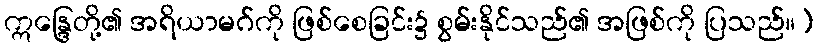
ဣန္ဒြေတို့၏ အရိယာမဂ်ကို ဖြစ်စေခြင်း၌ စွမ်းနိုင်သည်၏ အဖြစ်ကို ပြသည်။)